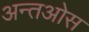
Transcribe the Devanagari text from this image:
अन्तओस